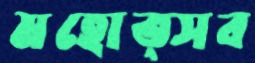
মহোত্সব